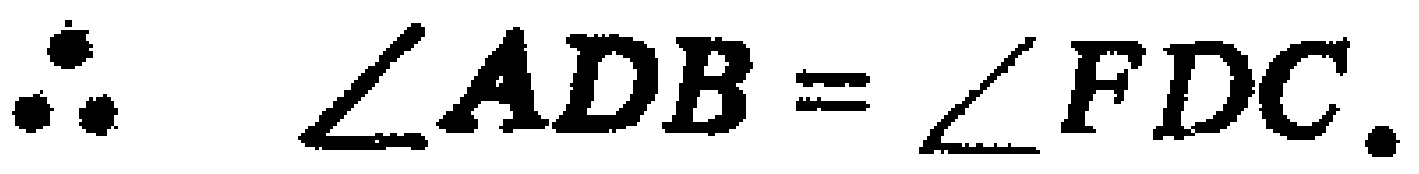
\(\therefore \angle ADB=\angle FDC.\)